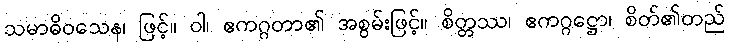
သမာဓိဝသေန၊ ဖြင့်။ ဝါ၊ ဧကဂ္ဂတာ၏ အစွမ်းဖြင့်။ စိတ္တဿ၊ ဧကဂ္ဂဋ္ဌော၊ စိတ်၏တည်